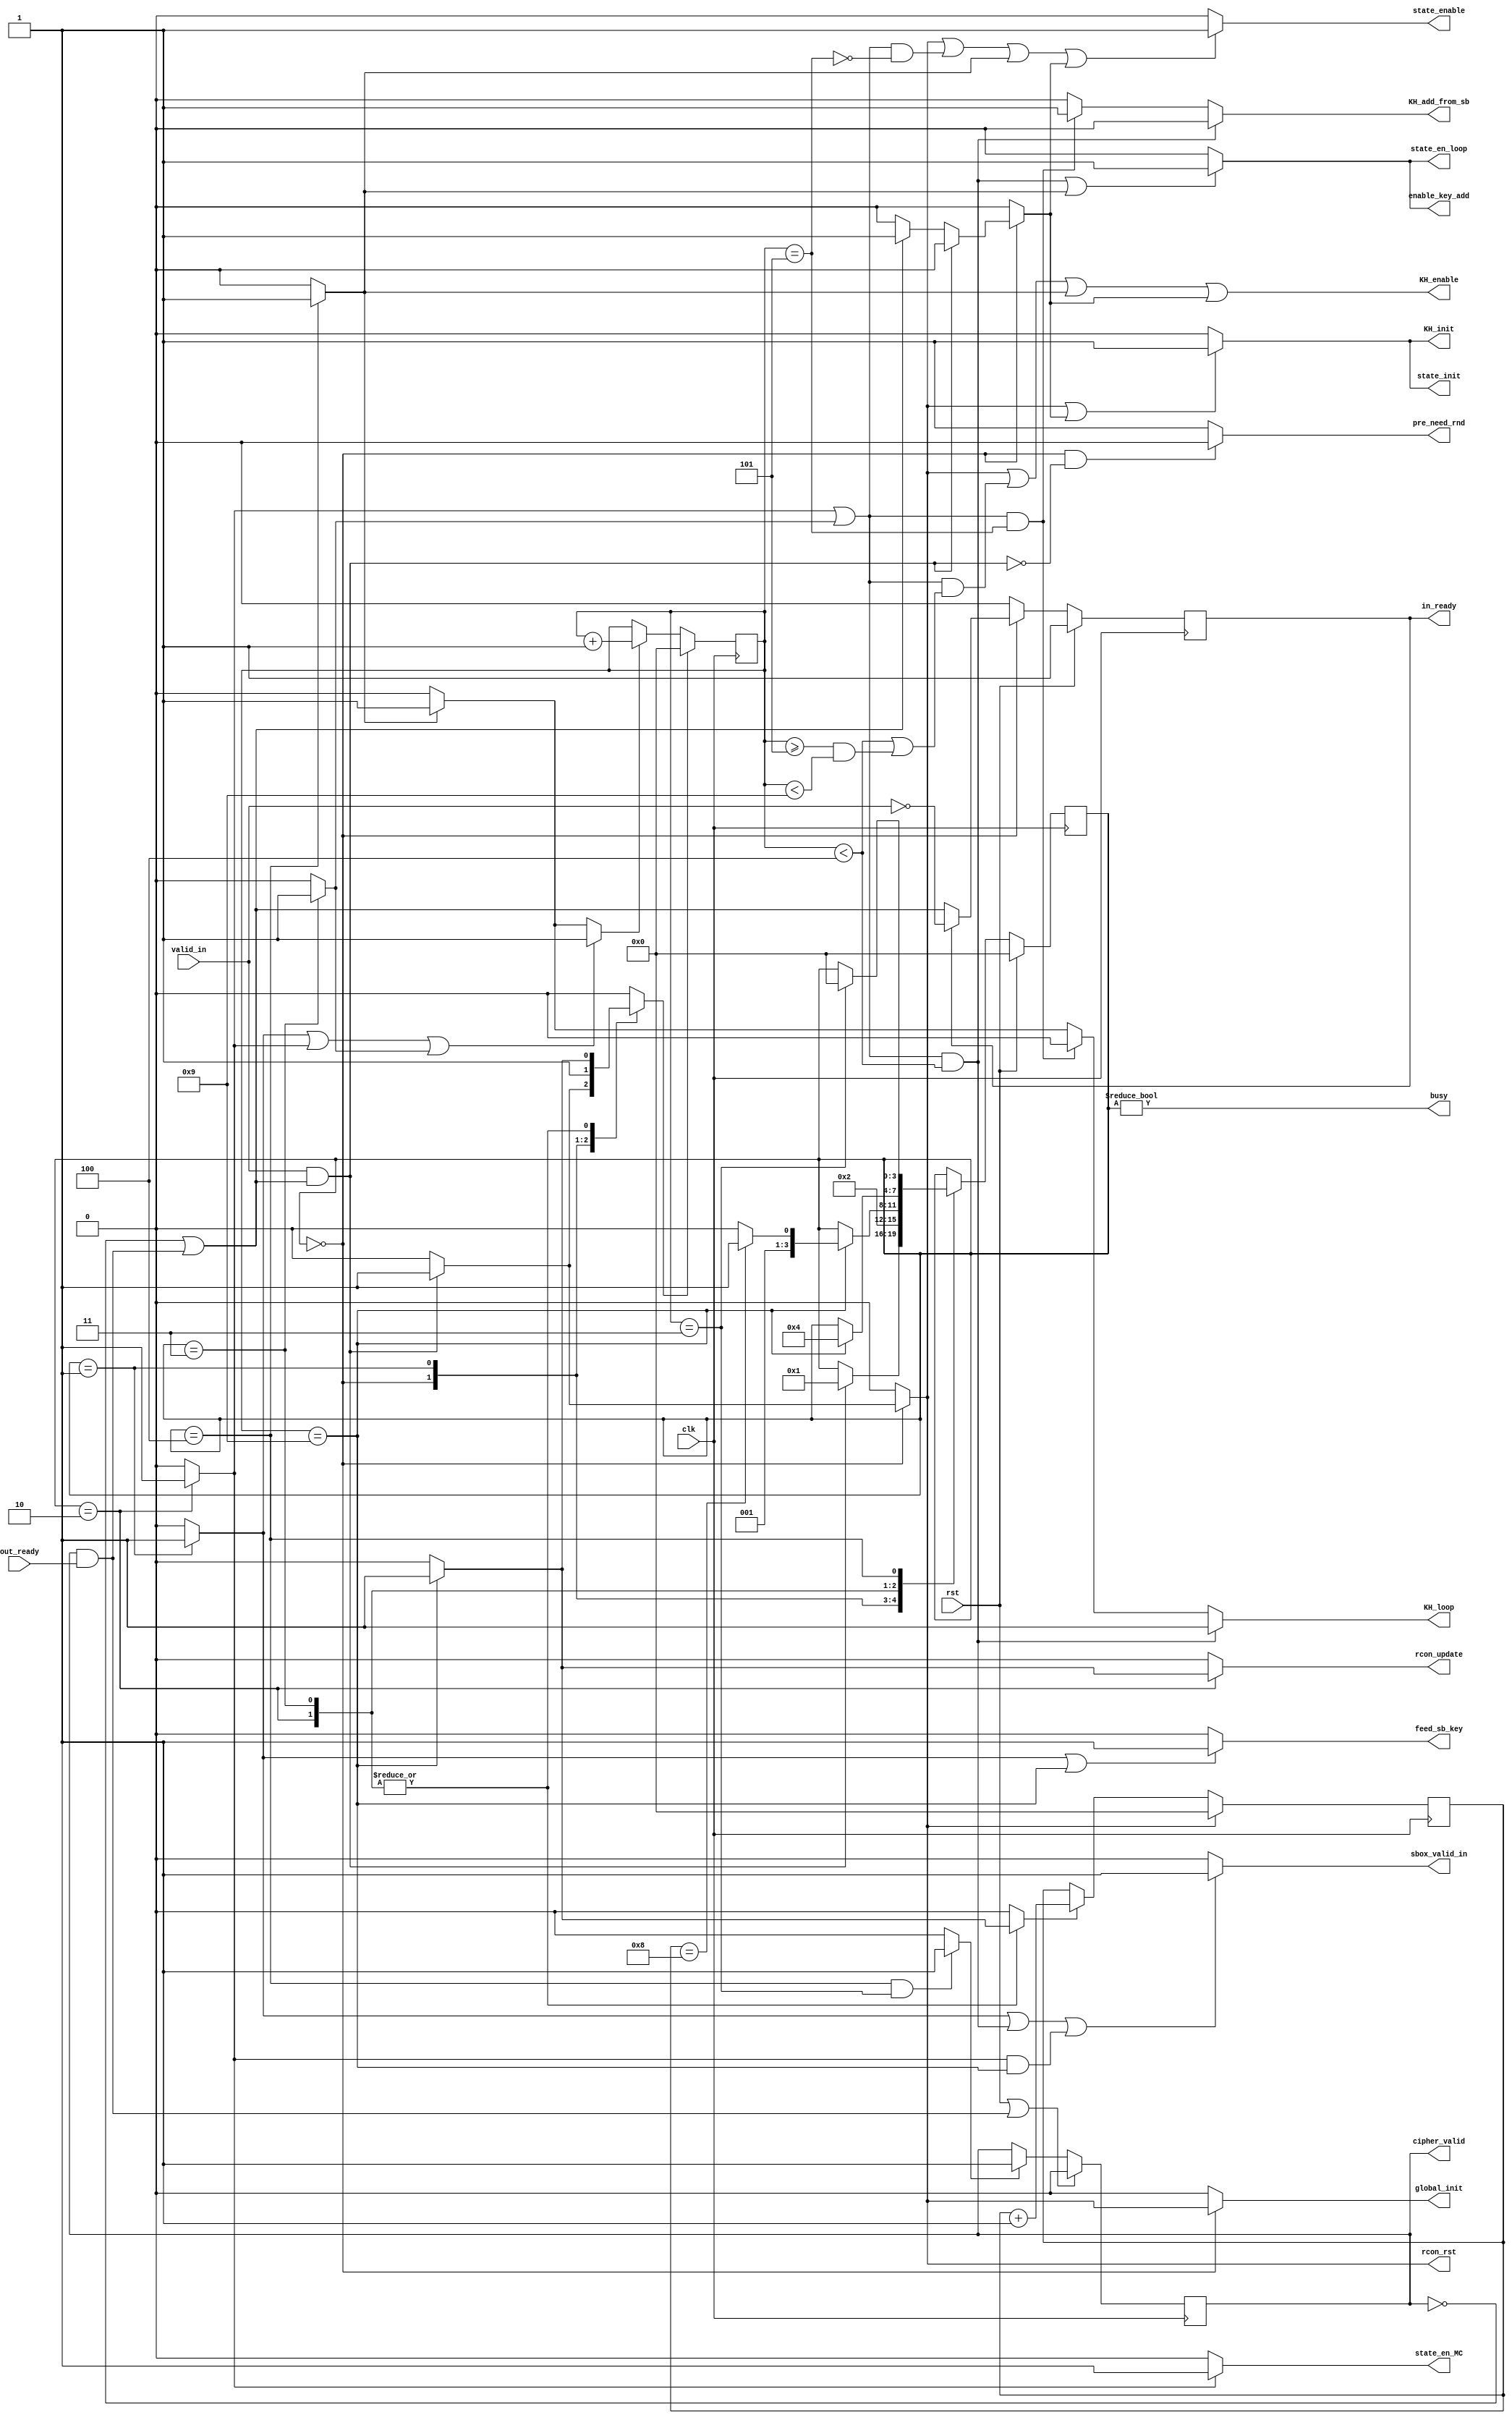
// SPDX-FileCopyrightText: SIMPLE-Crypto Contributors <info@simple-crypto.dev>
// SPDX-License-Identifier: CERN-OHL-S-2.0
// Copyright SIMPLE-Crypto Contributors.
// This source describes Open Hardware and is licensed under the CERN-OHL-S v2.
// You may redistribute and modify this source and make products using it under
// the terms of the CERN-OHL-S v2 (https://ohwr.org/cern_ohl_s_v2.txt ).
// This source is distributed WITHOUT ANY EXPRESS OR IMPLIED WARRANTY, INCLUDING
// OF MERCHANTABILITY, SATISFACTORY QUALITY AND FITNESS FOR A PARTICULAR PURPOSE.
// Please see the CERN-OHL-S v2 for applicable conditions.
// Source location: https://github.com/simple-crypto/aes_hpc2
// As per CERN-OHL-S v2 section 4, should You produce hardware based
// on this source, You must where practicable maintain the Source Location
// visible on the external case of any product you make using this source.

(* fv_prop = "PINI", fv_strat = "flatten" *)
module MSKaes_32bits_fsm
(
    clk,
    rst,
    busy,
    // Once asserted, expected to remain high until exchange completion.
    valid_in,
    in_ready,
    out_ready,
    // Once asserted, should remain high until exhcange completion
    cipher_valid,
    global_init,
    // AES core control
    state_enable,
    state_init,
    state_en_MC,
    state_en_loop,
    // Key handling
    KH_init,
    KH_enable,
    KH_loop,
    KH_add_from_sb,
    // RCON holder
    rcon_rst,
    rcon_update,
    // Randomness
    pre_need_rnd, 
    // Sbox
    sbox_valid_in,
    // Mux input sbox
    feed_sb_key,
    enable_key_add
);

// IOs
input clk;
input rst;
output busy;
input valid_in;
output in_ready;
input out_ready;
output cipher_valid;
output reg global_init;
// AES core control
output reg state_enable;
output reg state_init;
output reg state_en_MC;
output reg state_en_loop;
// Key handling
output reg KH_init;
output reg KH_enable;
output reg KH_loop;
output reg KH_add_from_sb;
// RCON holder
output reg rcon_rst;
output reg rcon_update;
// Randomness
output reg pre_need_rnd; 
// Sbox
output reg sbox_valid_in;
// Mux input sbox
output reg feed_sb_key;
output reg enable_key_add;

// Generation parameters
localparam SERIAL_LAT=4;
localparam SBOX_LAT=6;
localparam FIRST_KEXP_CYCLE=SBOX_LAT-1;



// FSM
localparam IDLE = 0,
FIRST_SB_K = 1,
WAIT_ROUND = 2,
WAIT_LAST_ROUND = 3,
WAIT_AKfinal = 4;

reg [3:0] state, nextstate;

// Global counter for the fsm
reg [3:0] cnt_fsm;
reg cnt_fsm_inc, cnt_fsm_reset;
always@(posedge clk)
if(cnt_fsm_reset) begin
    cnt_fsm <= 0;
end else if(cnt_fsm_inc) begin
    cnt_fsm <= cnt_fsm + 1;
end

wire last_round_cycle = cnt_fsm == SBOX_LAT+SERIAL_LAT-1;
wire last_FAK_cycle = cnt_fsm == SERIAL_LAT-1;

wire in_AKSB = cnt_fsm<SERIAL_LAT;
wire in_KEXP_FIRST = cnt_fsm==FIRST_KEXP_CYCLE;
wire in_KEXP = (cnt_fsm>=FIRST_KEXP_CYCLE) & (cnt_fsm<(FIRST_KEXP_CYCLE+SERIAL_LAT));

wire key_from_sbox = (cnt_fsm==(SBOX_LAT-1));

// Round counter
reg [3:0] cnt_round;
reg cnt_round_inc, cnt_round_reset;
always@(posedge clk)
if(cnt_round_reset) begin
    cnt_round <= 0;
end else if(cnt_round_inc) begin
    cnt_round <= cnt_round + 1;
end

wire last_full_round = cnt_round == 8;

// State register
always@(posedge clk)
if(rst) begin
    state <= IDLE;
end else begin
    state <= nextstate;
end

// Register to keep the cipher_valid signal
reg set_valid_out;
reg valid_out_reg;
wire cipher_fetch = valid_out_reg & out_ready;
always@(posedge clk)
if(rst | cipher_fetch) begin
    valid_out_reg <= 0;
end else if(set_valid_out) begin
    valid_out_reg <= 1; 
end

assign cipher_valid = valid_out_reg;

// in_ready handling. According to the SVRS protocol, the input interface
// signal is sticky (the data and the in_valid signals remains fixed once 
// in_valid is asserted until transfer completion). It also specifies that 
// no combinatorial path should exist between the input and the output interface
// (e.g., out_ready and in_ready). A special handling of the in_ready
// signal should occurs in order to not lose clock cycle due to the transfer when 
// the core is in regime with back pressure. In particular, the core benefit 
// from the information that the data may not change once specified as valid at the input
// by starting processing it before asserting the in_ready signal. In such a way, the 
// in regime latency is not affected in practice by the handshake. 
// 
// In practice, the in_ready signal is thus asserted
// - at the reset of the core
// - when no execution is in progress (IDLE mode) and that no valid output remains in the core.

reg reg_in_ready;
reg next_in_ready;
always@(posedge clk)
if(rst) begin
    reg_in_ready <= 1;
end else begin
    reg_in_ready <= next_in_ready;
end
assign in_ready = reg_in_ready;

// Signal to properly start the execution
wire start_exec = valid_in & (~valid_out_reg | cipher_fetch);

// Global status
reg in_fetch, in_first_SBK, in_round, in_last_round, in_AKfinal, in_reset_KH;

// Nextstate logic
always@(*) begin
    nextstate = state;  

    cnt_fsm_reset = 0;
    cnt_round_reset = 0; 
    cnt_round_inc = 0;
    
    in_fetch = 0;
    in_first_SBK = 0;
    in_round = 0;
    in_last_round = 0;
    in_AKfinal = 0;
    in_reset_KH = 0;

    rcon_rst = 0;
    rcon_update = 0;

    case(state)
        IDLE: begin
            if(start_exec) begin
                in_fetch = 1;
                nextstate = FIRST_SB_K;
                cnt_fsm_reset = 1;
                cnt_round_reset = 1;
                rcon_rst = 1;
            end else begin
                if (~valid_out_reg | cipher_fetch) begin
                    in_reset_KH = 1;
                end
            end
        end
        FIRST_SB_K: begin
            in_first_SBK = 1;
            nextstate = WAIT_ROUND;
            cnt_fsm_reset = 1;
        end
        WAIT_ROUND: begin
            in_round = 1;
            if(last_round_cycle) begin
                cnt_fsm_reset = 1;
                cnt_round_inc = 1;
                rcon_update = 1;
                if(last_full_round) begin
                    nextstate = WAIT_LAST_ROUND;
                end else begin
                    nextstate = WAIT_ROUND;
                end
            end
        end
        WAIT_LAST_ROUND: begin
            in_last_round = 1;
            if(last_round_cycle) begin
                nextstate = WAIT_AKfinal;
                cnt_fsm_reset = 1;
                cnt_round_inc = 1;
            end
        end
        WAIT_AKfinal: begin
            in_AKfinal = 1;
            if(last_FAK_cycle) begin
                nextstate = IDLE;
            end
        end
    endcase
end


// Control logic
always@(*) begin
    global_init = 0;
    next_in_ready = 0;

    set_valid_out = 0;

    state_enable = 0;
    state_init = 0;
    state_en_MC = 0;
    state_en_loop = 0;

    KH_init = 0;
    KH_loop = 0;
    KH_add_from_sb = 0;

    sbox_valid_in = 0;

    feed_sb_key = 0;
    
    cnt_fsm_inc = 0;

    enable_key_add = 0;

    pre_need_rnd = 1;
    
    // Pre_need_rnd always on except when IDLE and no start
    if ((state==IDLE) & ~start_exec)begin
        pre_need_rnd = 0;
    end
    // Core ready when IDLE & output processed or not valid
    if (state==IDLE) begin
        // CHECK HERE -> idle total alrgith? 
        next_in_ready = reg_in_ready ?  ~valid_in : (~valid_out_reg | cipher_fetch);
        global_init = in_fetch;
    end
    // The output is valid after the last cycle of the final key addition
    if ((state==WAIT_AKfinal) & last_FAK_cycle) begin
        set_valid_out = 1;
    end
    // Mux tap the input (instead of looping) if 
    // a new execution starts or 
    // if no execution starts and the output is fetched (to empty the core).
    if(in_fetch | in_reset_KH) begin
        state_init = 1;
        KH_init = 1;
    end
    // FSM increments counter during the processing of rounds
    if(in_first_SBK | in_round | in_last_round) begin
        cnt_fsm_inc = 1;
    end else if(in_AKfinal) begin
        cnt_fsm_inc = 1;
    end
    // The sbox is valid 
    // during the first cycke of an execution (feeding the last column of the input key) or
    // during the first `SERIAL_LAT cycles of a round (feeding the result of AK) or
    // during the last cycle of a round (feeding the last column of the round key)
    if(in_first_SBK | ((in_round | in_last_round) & in_AKSB) | (in_round & last_round_cycle)) begin
        sbox_valid_in = 1;
    end
    // The Key addition is enabled
    // during the key addition operation of a round
    // during the final key addition
    if(((in_round | in_last_round) & in_AKSB) | in_AKfinal) begin
        enable_key_add = 1;
    end
    // The inputs of the Sboxes are key materials
    // during the first cycle or 
    // during the last cycle of a round
    if (in_first_SBK | last_round_cycle) begin
        feed_sb_key = 1;
    end
    // State holder enable if :
    // round or last key addition in progress or
    // if a new execution starts or 
    // if no execution starts and the output is fetched (to empty the core).
    // The datapath is disabled when the value coming from the Sbox is key material 
    if(in_fetch | ((in_round | in_last_round) & ~key_from_sbox ) | in_AKfinal | in_reset_KH) begin
        state_enable = 1;
    end
    // State mux control
    // The Mixcolumns logic is enabled during the rounds except the last one.
    if(in_round) begin
        state_en_MC = 1;
    end
    // The state holder loops over itself 
    // During the AKSB operation of rounds (to keep byte 1,2,6,3,7,11 valid) or 
    // during the final key addition
    if(((in_round | in_last_round) & in_AKSB) | in_AKfinal) begin
        state_en_loop = 1;
    end
    // The key holder is enabled
    // when a new execution starts or
    // during rounds when AKSB of key expension are in progress or
    // during the final key addition or
    // if no execution starts and the output is fetched (to empty the core).
    KH_enable = (
        in_fetch |
        ((in_round | in_last_round) & (in_AKSB | in_KEXP)) |
        in_AKfinal |
        in_reset_KH 
    );
    // The key key holder is looping over itself
    // during AKSB operation of rounds or 
    // during the final key addition.
    //
    // The result of the sbox is added to the key column during
    // the first cycle of the key expension.
    if((in_round | in_last_round) & in_AKSB) begin
        KH_loop = 1;
    end else if((in_round | in_last_round) & in_KEXP_FIRST) begin
        KH_add_from_sb = 1;
    end else if(in_AKfinal) begin
        KH_loop = 1;
    end
end

assign busy = (state != IDLE);

endmodule